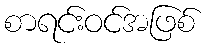
စာရင်းဝင်အဖြစ်